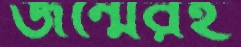
জন্মেরই